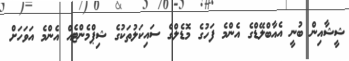
ޝީޝާއިން ބުނީ އެއާބްލޭޑްގެ އެންމެ ފަހުގެ މޮޑެލްގެ ސައިކަލުތަކުގެ ޝިޕްމެންޓެއް އެންމެ އަވަހަށް